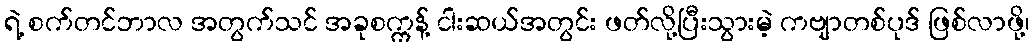
ရဲ့ စက်တင်ဘာလ အတွက်သင် အခုစက္ကန့် ငါးဆယ်အတွင်း ဖတ်လို့ပြီးသွားမဲ့ ကဗျာတစ်ပုဒ် ဖြစ်လာဖို့၊